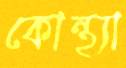
কোন্থ্যা